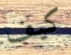
كيف